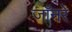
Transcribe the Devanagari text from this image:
जाँनरे